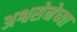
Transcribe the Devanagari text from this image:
अश्वसेनेच्या